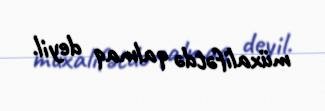
müxalifətdə qalmaq deyil.